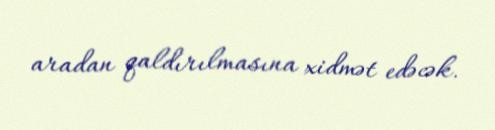
aradan qaldırılmasına xidmət edəcək.